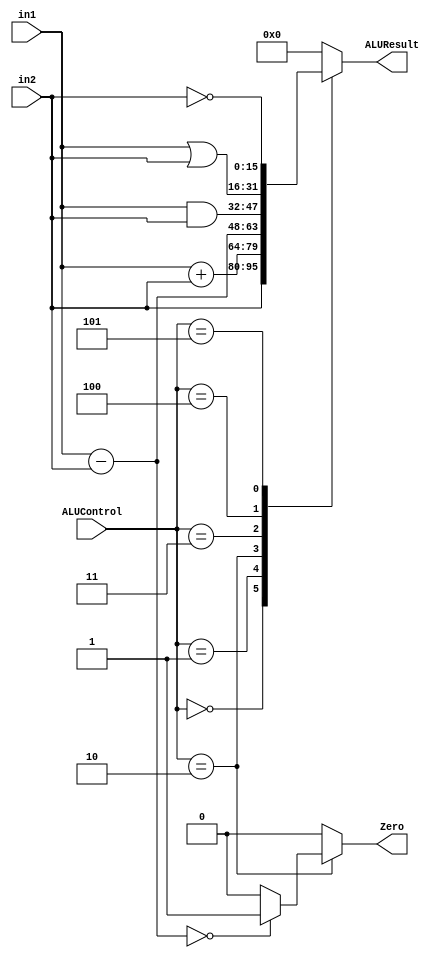
`timescale 1ns/1ns
module ALU(input [2:0]ALUControl, input [15:0]in1,in2, output Zero, output [15:0]ALUResult);
 	reg [15:0] aluResult;
	reg zero;
 	always@(ALUControl,in1,in2) begin
    aluResult = 16'b0;
    zero = 0;
    case(ALUControl)
			  3'b000: begin //move
				  aluResult = in2;
				  zero = 0;
			  end
			  3'b001: begin //add
				  aluResult = in1 + in2;
				  zero = 0;
			  end
			  3'b010: begin //sub
				  aluResult = in1 - in2;
				  if (aluResult == 16'b0) zero = 1;
				  else zero = 0;
			  end
			  3'b011: begin //and
				  aluResult = in1 & in2;
				  zero = 0;
			  end
			  3'b100: begin //or
				  aluResult = in1 | in2;
				  zero = 0;
			  end
			  3'b101: begin //not
				  aluResult = ~in2;
				  zero = 0;
			  end
			  3'b110: begin //nop
				  aluResult = 16'b0;
				  zero = 0;
			  end
			  default: begin
			    aluResult = 16'b0;
			    zero = 0;
			  end
		endcase
	end
	assign ALUResult = aluResult;
	assign Zero = zero;
endmodule